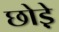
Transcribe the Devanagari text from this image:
छोड़े़